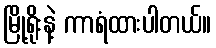
မြို့ရိုးနဲ့ ကာရံထားပါတယ်။